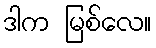
ဒါက မြစ်လေ။